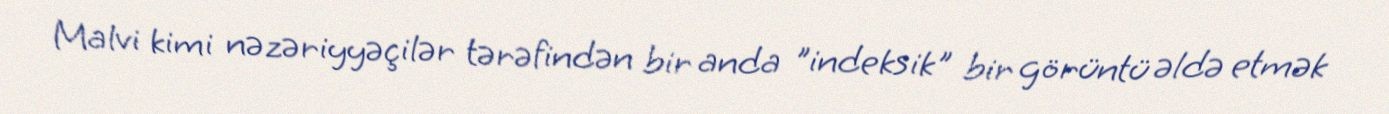
Malvi kimi nəzəriyyəçilər tərəfindən bir anda "indeksik" bir görüntü əldə etmək